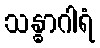
သန္ဓာဂါရံ